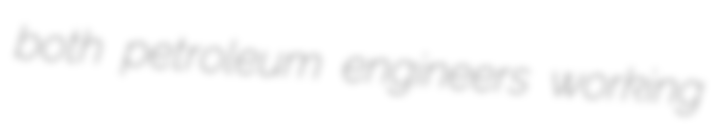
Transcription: both petroleum engineers working